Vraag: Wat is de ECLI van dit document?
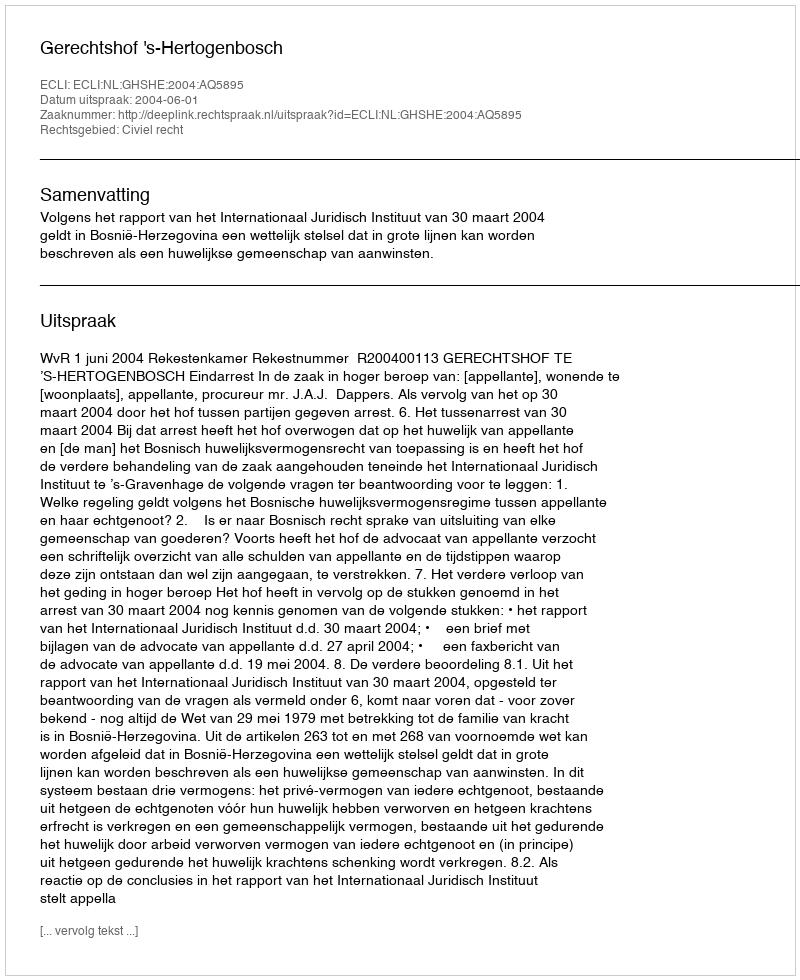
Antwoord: ECLI:NL:GHSHE:2004:AQ5895